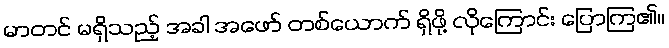
မာတင် မရှိသည့် အခါ အဖော် တစ်ယောက် ရှိဖို့ လိုကြောင်း ပြောကြ၏။